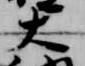
大